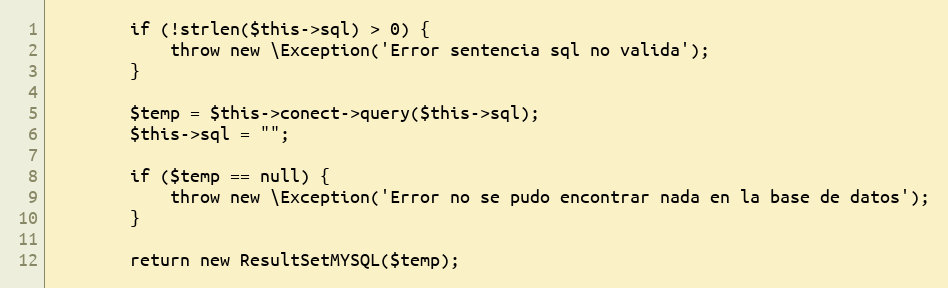
Language: PHP
        if (!strlen($this->sql) > 0) {
            throw new \Exception('Error sentencia sql no valida');
        }

        $temp = $this->conect->query($this->sql);
        $this->sql = "";

        if ($temp == null) {
            throw new \Exception('Error no se pudo encontrar nada en la base de datos');
        }

        return new ResultSetMYSQL($temp);